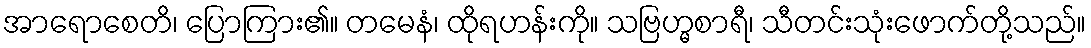
အာရောစေတိ၊ ပြောကြား၏။ တမေနံ၊ ထိုရဟန်းကို။ သဗြဟ္မစာရီ၊ သီတင်းသုံးဖောက်တို့သည်။